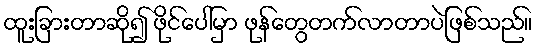
ထူးခြားတာဆို၍ ဖိုင်ပေါ်မှာ ဖုန်တွေတက်လာတာပဲဖြစ်သည်။